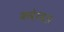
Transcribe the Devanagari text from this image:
कबेरवल